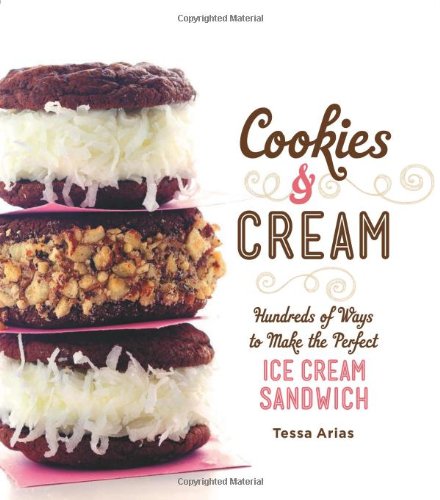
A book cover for Cookies & Cream: Hundreds of Ways to Make the Perfect Ice Cream Sandwich; Tessa Arias; Cookbooks, Food & Wine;